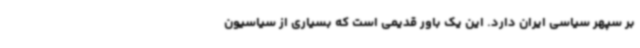
بر سپهر سیاسی ایران دارد. این یک باور قدیمی است که بسیاری از سیاسیون